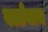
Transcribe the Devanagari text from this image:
वर्ल्डवाच